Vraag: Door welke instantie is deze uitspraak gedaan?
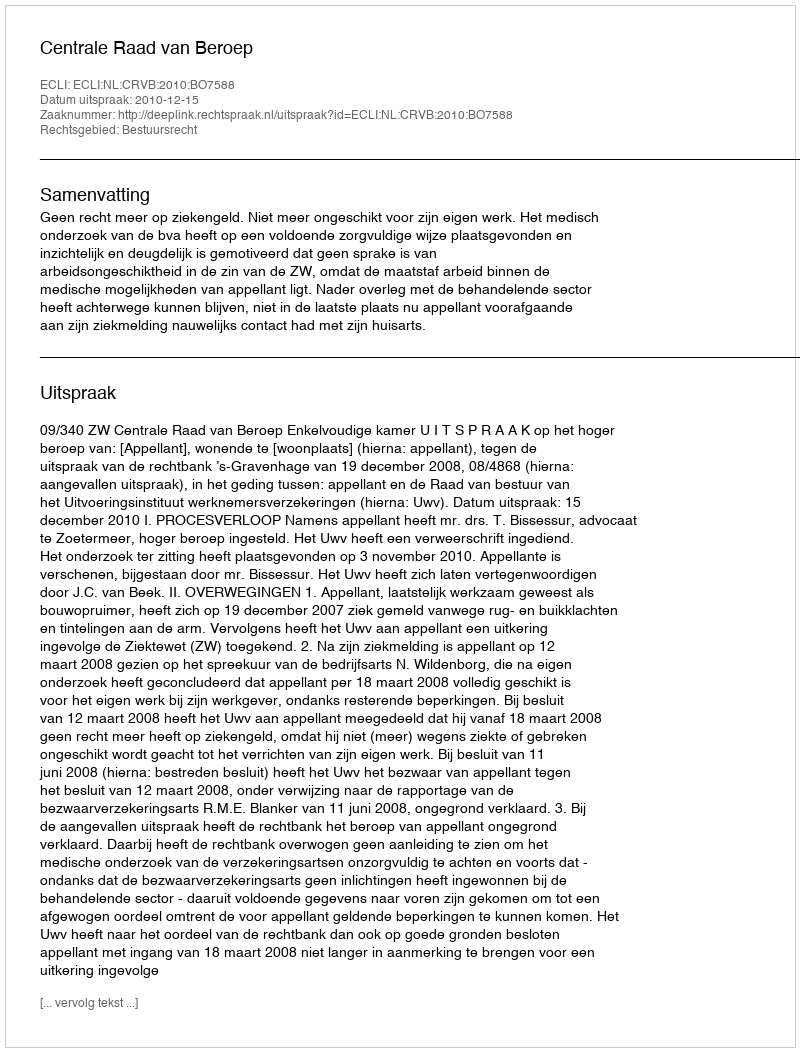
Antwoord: Centrale Raad van Beroep